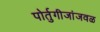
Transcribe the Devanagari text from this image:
पोर्तुगीजांजवळ